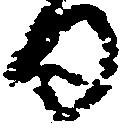
日